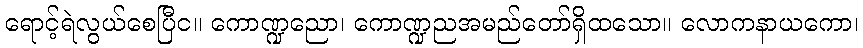
ရောင့်ရဲလွယ်စေပြီင။ ကောဏ္ဍညော၊ ကောဏ္ဍညအမည်တော်ရှိထသော။ လောကနာယကော၊